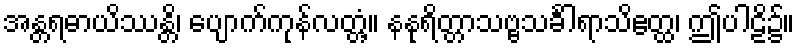
အန္တရဓာယိဿန္တိ၊ ပျောက်ကုန်လတ္တံ့။ နနုရိတ္တာသဗ္ဗသင်္ခါရာသိဧတ္ထ၊ ဤပါဠိ၌။